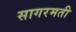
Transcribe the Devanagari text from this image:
सागरमती